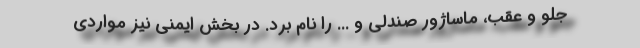
جلو و عقب، ماساژور صندلی و ... را نام برد. در بخش ایمنی نیز مواردی